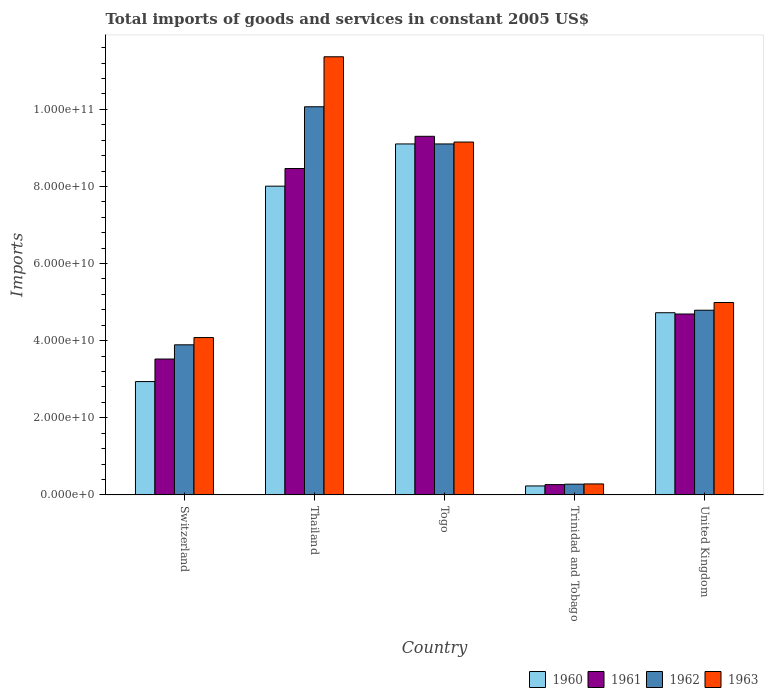
| Country | 1960 | 1961 | 1962 | 1963 |
 | --- | --- | --- | --- | --- |
 | Switzerland | 2.94e+10 | 3.52e+10 | 3.89e+10 | 4.08e+10 |
 | Thailand | 8.01e+10 | 8.46e+10 | 1.01e+11 | 1.14e+11 |
 | Togo | 9.1e+10 | 9.3e+10 | 9.1e+10 | 9.15e+10 |
 | Trinidad and Tobago | 2.32e+09 | 2.67e+09 | 2.78e+09 | 2.85e+09 |
 | United Kingdom | 4.72e+10 | 4.69e+10 | 4.79e+10 | 4.99e+10 |